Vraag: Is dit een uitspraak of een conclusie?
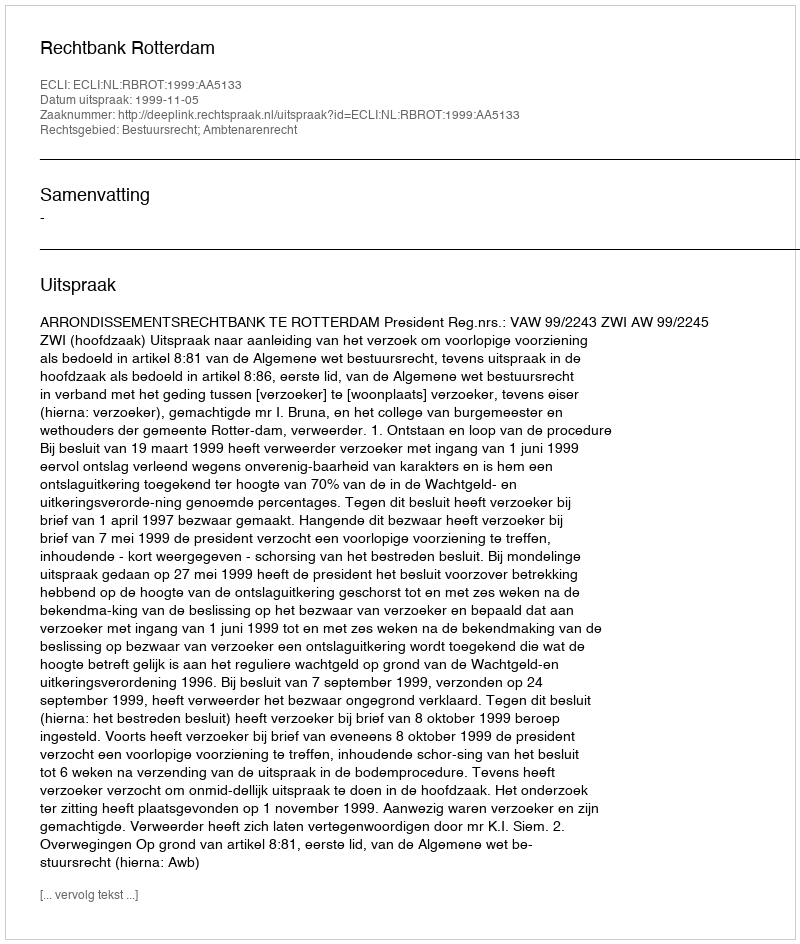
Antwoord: Uitspraak